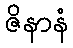
ဇိနာနံ